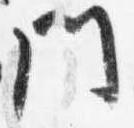
門